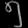
Digit: ၅